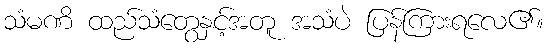
သံမဏိ ထည်သံတွေနှင့်အတူ အသံပဲ ပြန်ကြားရလေ၏။